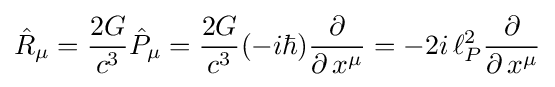
{\hat {R}}_{\mu }={\frac {2G}{c^{3}}}{\hat {P}}_{\mu }={\frac {2G}{c^{3}}}(-i\hbar ){\frac {\partial }{\partial \,x^{\mu }}}=-2i\,\ell _{P}^{2}{\frac {\partial }{\partial \,x^{\mu }}}